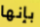
بإنها